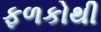
ફળકોથી